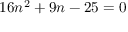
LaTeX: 1 6 n ^ { 2 } + 9 n - 2 5 = 0